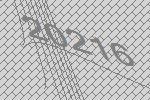
20216